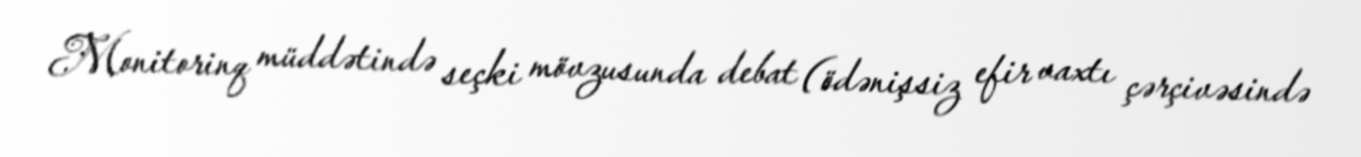
Monitorinq müddətində seçki mövzusunda debat (ödənişsiz efir vaxtı çərçivəsində